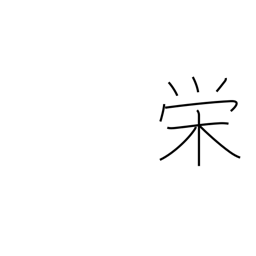
Meaning: glory